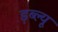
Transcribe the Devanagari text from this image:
ड़ब्ल्यू